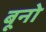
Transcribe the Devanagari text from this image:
बूनो